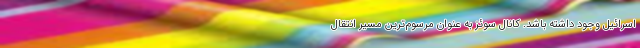
اسرائیل وجود داشته باشد. کانال سوئز به عنوان مرسوم‌ترین مسیر انتقال